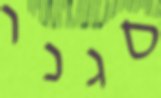
סגנו